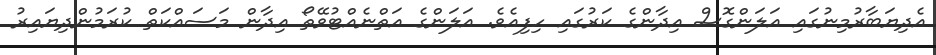
އެދިޔަބާރުމިނުގައި އަލަންގޮސް އިދާންގެ ކަރުގައި ހިފިއެވެ. އަލަންގެ އަތްނެއްޓުވޭތޯ އިދާން މަސައްކަތް ކުރަމުންދިޔައިރު